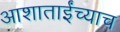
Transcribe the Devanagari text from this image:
आशाताईंच्याच